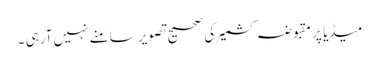
میڈیا پر مقبوضہ کشمیر کی صحیح تصویر سامنے نہیں آرہی ۔